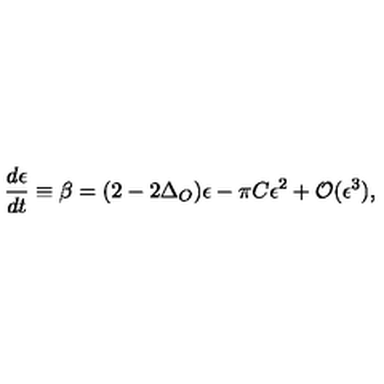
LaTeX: { \frac { d \epsilon } { d t } } \equiv \beta = ( 2 - 2 \Delta _ { O } ) \epsilon - \pi C \epsilon ^ { 2 } + { \cal O } ( \epsilon ^ { 3 } ) ,